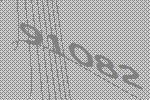
91082